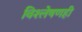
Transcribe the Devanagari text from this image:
विश्‍लेषणही